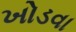
ખોડવા